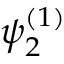
\psi _ { 2 } ^ { ( 1 ) }